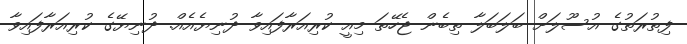
ފިތުރަތުގެ އުސޫލަށް ބަލަބަލާ ތިބެން ޖެހޭތަ މިއީ ކުރިއަރާފައިވާ ދުނިޔެއެއް. ދުނިޔޭގެ ކުރިއަރާފައިވާ